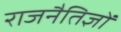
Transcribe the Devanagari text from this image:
राजनैतिज्ञों